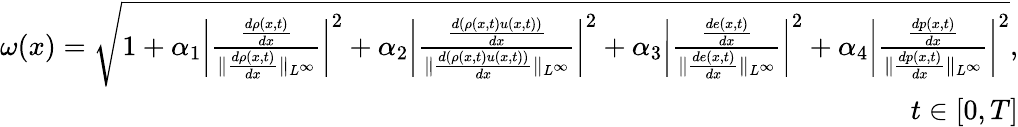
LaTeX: \begin{array}{r}{\omega(x)=\sqrt{1+\alpha_{1}\bigg\lvert\frac{\frac{d\rho(x,t)}{dx}}{\lVert\frac{d\rho(x,t)}{dx}\rVert_{L^{\infty}}}\bigg\rvert^{2}+\alpha_{2}\bigg\lvert\frac{\frac{d(\rho(x,t)u(x,t))}{dx}}{\lVert\frac{d(\rho(x,t)u(x,t))}{dx}\rVert_{L^{\infty}}}\bigg\rvert^{2}+\alpha_{3}\bigg\lvert\frac{\frac{de(x,t)}{dx}}{\lVert\frac{de(x,t)}{dx}\rVert_{L^{\infty}}}\bigg\rvert^{2}+\alpha_{4}\bigg\lvert\frac{\frac{dp(x,t)}{dx}}{\lVert\frac{dp(x,t)}{dx}\rVert_{L^{\infty}}}\bigg\rvert^{2}},}\\ {\quad t\in[0,T]}\end{array}